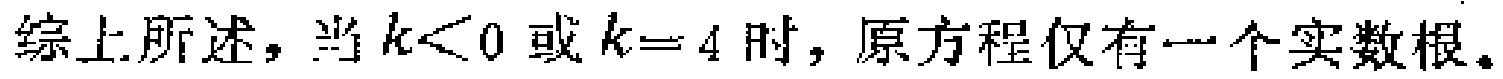
综上所述，当\(k<0\)或\(k = 4\)时，原方程仅有一个实数根。